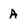
Character: A